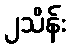
၂သိန်း